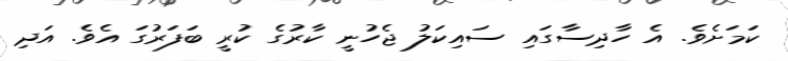
ކަމަށެވެ. އެ ހާދިސާގައި ސައިކަލު ޖެހުނީ ކާރުގެ ކުރީ ބަފަރުގަ އެވެ. އަދި